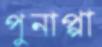
পুনাপ্পা